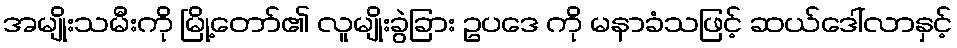
အမျိုးသမီးကို မြို့တော်၏ လူမျိုးခွဲခြား ဥပဒေ ကို မနာခံသဖြင့် ဆယ်ဒေါ်လာနှင့်